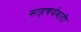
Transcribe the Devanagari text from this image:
साहचर्यवादी